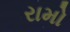
રામો